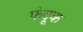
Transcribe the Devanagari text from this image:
फंदूक